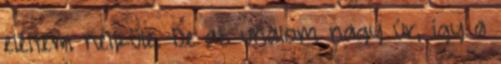
eléltem nélküle. De az unalom nagy úr, így a